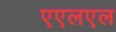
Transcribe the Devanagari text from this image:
एएलएल